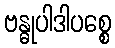
ဗန္ဓုပါဒါပစ္စေ